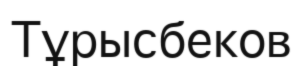
Тұрысбеков